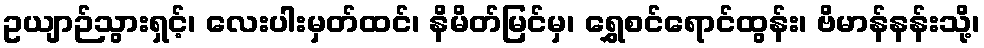
ဥယျာဉ်သွားရှင့်၊ လေးပါးမှတ်ထင်၊ နိမိတ်မြင်မှ၊ ရွှေစင်ရောင်ထွန်း၊ ဗိမာန်နန်းသို့၊